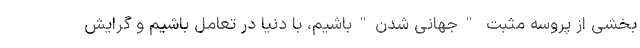
بخشی از پروسه مثبت "جهانی شدن"باشیم، با دنيا در تعامل باشيم و گرايش